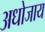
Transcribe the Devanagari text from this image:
अधोजाय